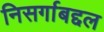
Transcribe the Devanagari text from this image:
निसर्गाबद्दल